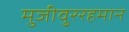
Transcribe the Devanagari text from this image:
मुजीवु्ररहमान